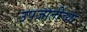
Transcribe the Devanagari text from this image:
उपजातींच्या